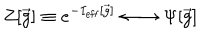
LaTeX: Z [ { \vec { g } } ] \equiv e ^ { - I _ { \mathrm { e f f } } [ { \vec { g } } ] } \leftarrow \rightarrow \Psi [ { \vec { g } } ]